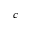
^ { c }